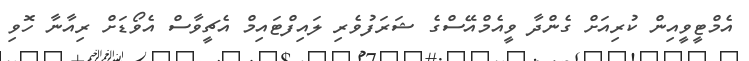
އެމްޓީވީއިން ކުރިއަށް ގެންދާ ވީއެމްއޭސްގެ ޝަރަފުވެރި ލައިފްޓައިމް އެޗީވާސް އެވޯޑަށް ރިއާނާ ހޮވި